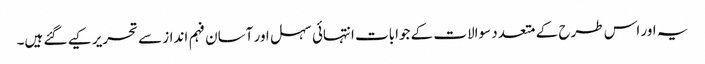
یہ اور اس طرح کے متعدد سوالات کے جوابات انتہائی سہل اور آسان فہم انداز سے تحریر کیے گئے ہیں۔